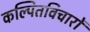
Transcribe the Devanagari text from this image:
कल्पितविचारों